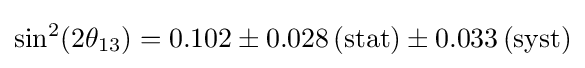
\sin ^{2}(2\theta _{13})=0.102\pm 0.028\,\mathrm {(stat)} \pm 0.033\,\mathrm {(syst)}